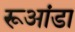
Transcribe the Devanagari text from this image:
रूआंडा